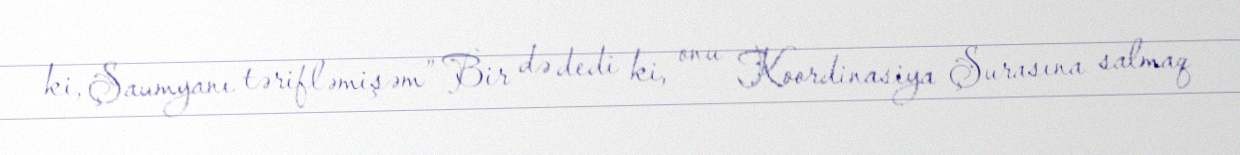
ki, Şaumyanı tərifləmişəm” Bir də dedi ki, onu Koordinasiya Şurasına salmaq